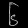
Digit: ၆